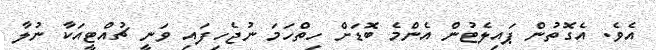
އެވެ. އެގޮތުން ޕައިލެޓުން އެންމެ ބޮޑަށް ހިތްހަމަ ނުޖެހިފައި ވަނީ ޗުއްޓީއަކާ ނުލާ